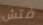
فتش